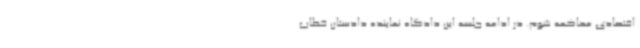
اقتصادی محاکمه شوم. در ادامه جلسه این دادگاه نماینده دادستان خطاب